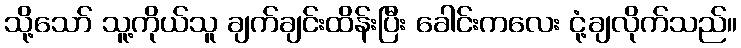
သို့သော် သူ့ကိုယ်သူ ချက်ချင်းထိန်းပြီး ခေါင်းကလေး ငုံ့ချလိုက်သည်။